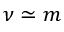
\nu \simeq m